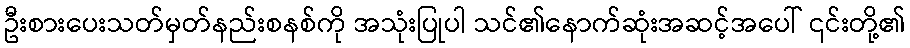
ဦးစားပေးသတ်မှတ်နည်းစနစ်ကို အသုံးပြုပါ သင်၏နောက်ဆုံးအဆင့်အပေါ် ၎င်းတို့၏